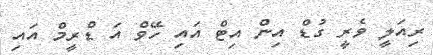
ރިއަލީ ވެރީ ގުޑް އިން އިޓް އައި ހޭވް އަ ޑްރީމް އައި